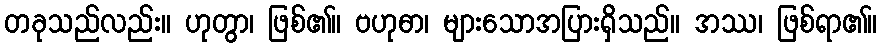
တခုသည်လည်း။ ဟုတွာ၊ ဖြစ်၏။ ဗဟုဓာ၊ များသောအပြားရှိသည်။ အဿ၊ ဖြစ်ရာ၏။